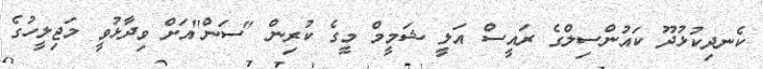
ކެނދިކުޅުދޫ ކައުންސިލްގެ ރައީސް އަލީ ޝަމީމް މީގެ ކުރިން "ސަން"އަށް ވިދާޅުވީ މަޖިލީހުގެ